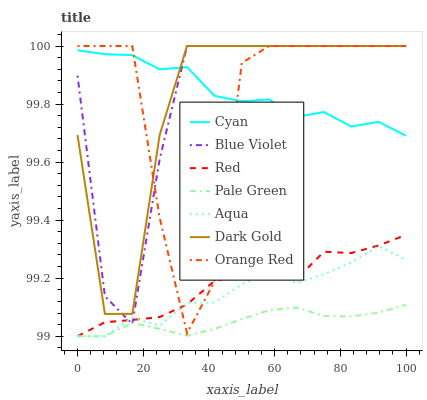
| xaxis_label | Cyan | Blue Violet | Red | Pale Green | Aqua | Dark Gold | Orange Red |
 | --- | --- | --- | --- | --- | --- | --- | --- |
 | 0 | 100 | 99.9 | 99 | 99 | 99 | 99.7 | 100 |
 | 8.33 | 100 | 99.1 | 99 | 99 | 99 | 99.1 | 100 |
 | 16.7 | 100 | 99 | 99.1 | 99 | 99.1 | 99.1 | 100 |
 | 25 | 99.9 | 99.6 | 99.1 | 99 | 99 | 99.7 | 99.4 |
 | 33.3 | 99.9 | 100 | 99.1 | 99 | 99.1 | 100 | 99 |
 | 41.7 | 99.8 | 100 | 99.2 | 99 | 99.1 | 100 | 99.2 |
 | 50 | 99.8 | 100 | 99.2 | 99.1 | 99.2 | 100 | 99.9 |
 | 58.3 | 99.8 | 100 | 99.2 | 99.1 | 99.2 | 100 | 100 |
 | 66.7 | 99.8 | 100 | 99.2 | 99.1 | 99.2 | 100 | 100 |
 | 75 | 99.8 | 100 | 99.3 | 99.1 | 99.2 | 100 | 100 |
 | 83.3 | 99.7 | 100 | 99.3 | 99.1 | 99.3 | 100 | 100 |
 | 91.7 | 99.7 | 100 | 99.3 | 99.1 | 99.3 | 100 | 100 |
 | 100 | 99.7 | 100 | 99.3 | 99.1 | 99.3 | 100 | 100 |